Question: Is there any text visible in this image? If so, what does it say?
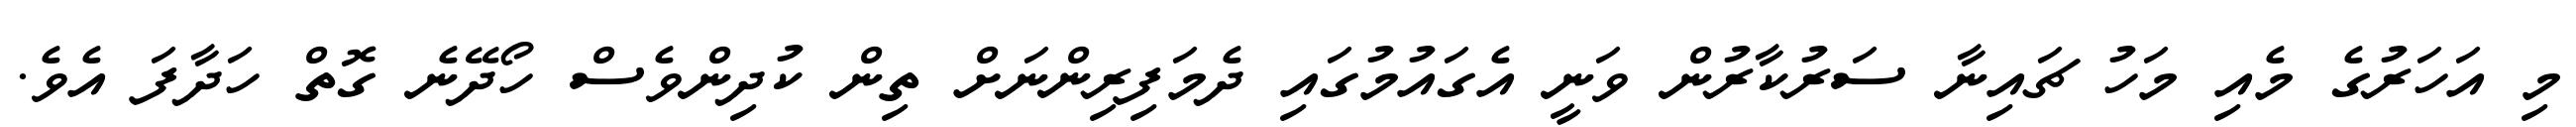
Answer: މި އަހަރުގެ މެއި މަހު ޗައިނާ ސަރުކާރުން ވަނީ އެގައުމުގައި ދެމަފިރިންނަށް ތިން ކުދިންވެސް ހޯދޭނެ ގޮތް ހަދާފަ އެވެ.